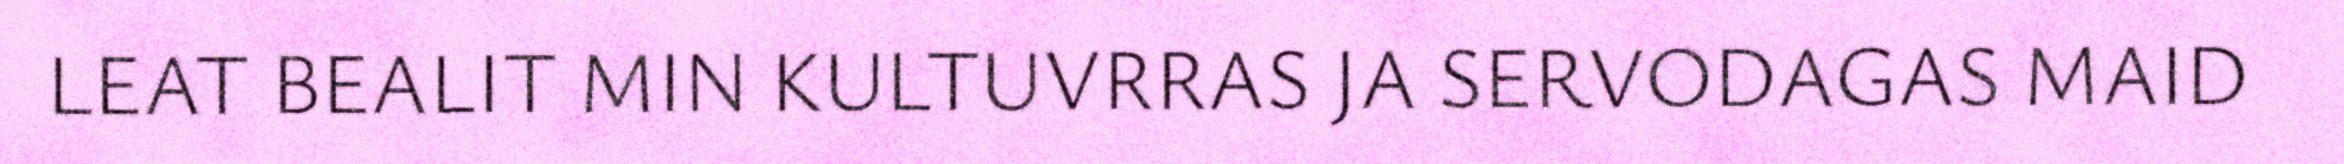
LEAT BEALIT MIN KULTUVRRAS JA SERVODAGAS MAID